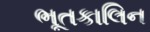
ભૂતકાલિન